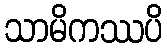
သာမိကဿပိ